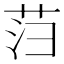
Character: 𰰻